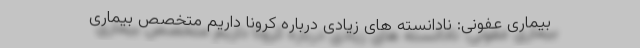
بیماری‌ عفونی: نادانسته های زیادی درباره کرونا داریم متخصص بیماری